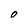
Character: O